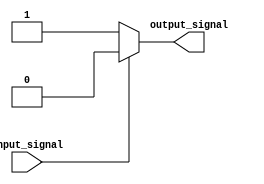
module Voltage_Level_Shifter(
    input wire input_signal,
    output reg output_signal
);

// logic to detect input voltage level and perform level shifting
// (code implementation will depend on specific voltage levels and shifting requirements)

always @ (input_signal)
begin
    // perform level shifting operations
    // (code implementation will depend on specific shifting requirements)
    // example: if input_signal is high, set output_signal to low
    if(input_signal)
        output_signal <= 1'b0;
    else
        output_signal <= 1'b1;
end

endmodule